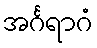
အင်္ဂရာဂံ